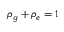
\rho _ { g } + \rho _ { e } = 1